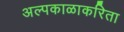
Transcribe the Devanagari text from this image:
अल्पकाळाकरिता